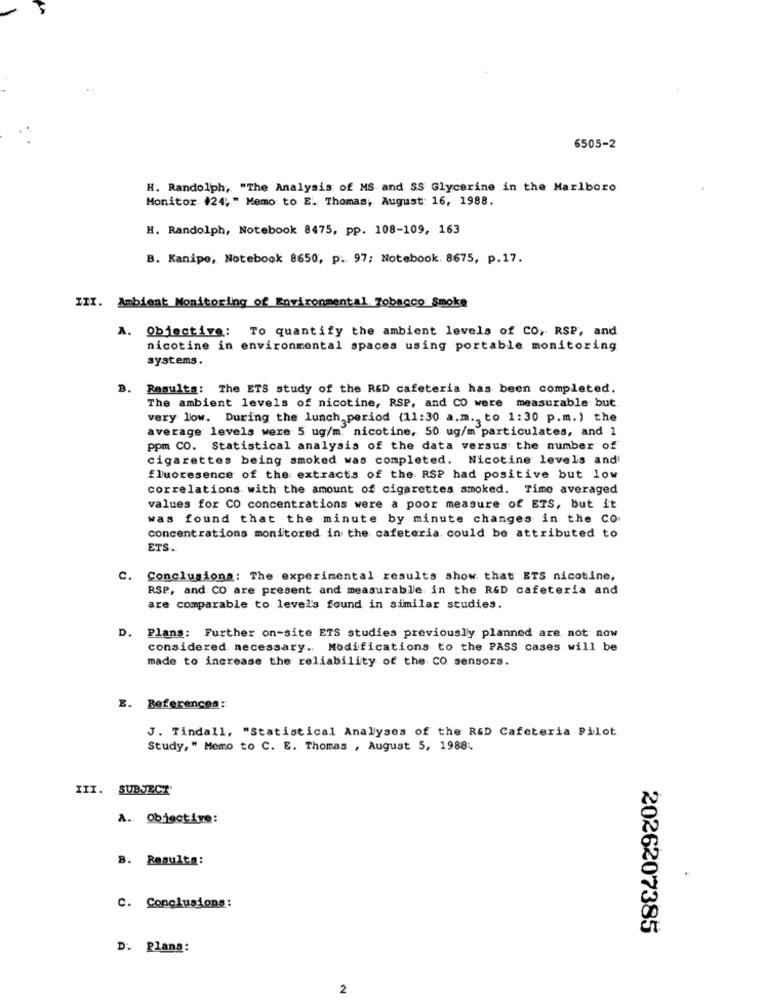
6505-2
H. Randolph, "The Analysis of MS and SS Glycerine in the Marlboro
Monitor #24, " Memo to E. Thomas, August: 16, 1988.
H. Randolph, Notebook 8475, pp. 108-109, 163
B. Kanipo, Notebook 8650, p. 97; Notebook. 8675, p.17.
ITT. Ambient Monitoring of Environmental Tobacco Smoke
A. Objective: To quantify the ambient levels of CO, RSP, and
nicotine in environmental spaces using portable monitoring
systems.
B.
Results: The ETS study of the RED cafeteria has been completed.
The ambient levels of nicotine, RSP, and CO were measurable but.
very low. During the lunch, period (11:30 a.m ., to 1:30 p.m.) the
average levels were 5 ug/m. nicotine, 50 ug/m particulates, and 1
ppm CO. Statistical analysis of the data versus the number of
cigarettes being smoked was completed. Nicotine levels and
fluoresence of the extracts of the RSP had positive but low
correlations with the amount of cigarettes smoked. Time averaged
values for CO concentrations were a poor measure of ETS, but it
was found that the minute by minute changes in the Co.
concentrations monitored in the cafeteria. could be attributed to
ETS.
c.
Conclusions: The experimental results show that ETS nicotine,
RSP, and CO are present and measurable in the R&D cafeteria and
are comparable to level's found in similar studies.
D. Plans: Further on-site ETS studies previously planned are not now
considered necessary. Modifications to the PASS cases will be
made to increase the reliability of the CO sensors.
E. References:
J. Tindall, "Statistical Analyses of the RED Cafeteria Pilot
Study, " Memo to C. E. Thomas , August 5, 1988.
III. SUBJECT'
A. Objective:
B. Resulta:
C. Conclusions:
2026207385
D. Plans:
2